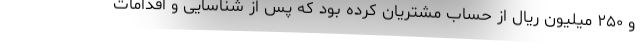
و ۲۵۰ میلیون ریال از حساب مشتریان کرده بود که پس از شناسایی و اقدامات